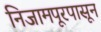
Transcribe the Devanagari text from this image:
निजामपूरपासून